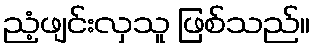
ညံ့ဖျင်းလှသူ ဖြစ်သည်။